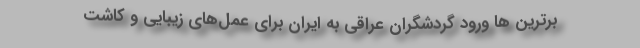
برترین ها ورود گردشگران عراقی به ایران برای عمل‌های زیبایی و کاشت